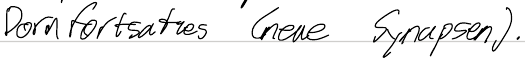
Dornfortsatzes (neue Synapsen).